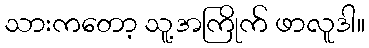
သားကတော့ သူ့အကြိုက် ဖာလူဒါ။